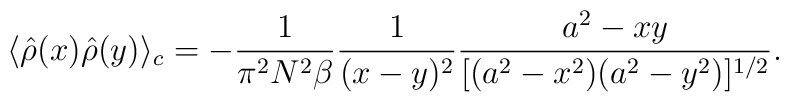
\langle \hat{\rho}(x) \hat{\rho}(y) \rangle_c =-{1 \over {\pi^2 N^2 \beta}}{1 \over {(x-y)^2}}{{a^2-xy} \over {[(a^2-x^2)(a^2-y^2)]^{1/2}}}.